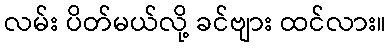
လမ်း ပိတ်မယ်လို့ ခင်ဗျား ထင်လား။